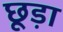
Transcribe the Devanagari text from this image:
छूड़ा